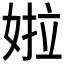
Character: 𡝰